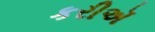
કરીઍ